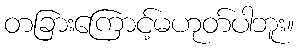
တခြားကြောင့်မဟုတ်ပါဘူး။